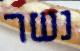
נשר